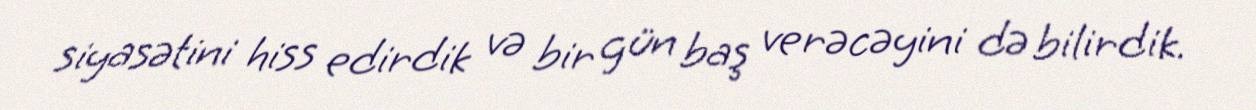
siyasətini hiss edirdik və bir gün baş verəcəyini də bilirdik.